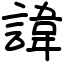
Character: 諱